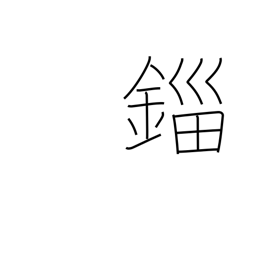
Meaning: unit of weight